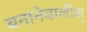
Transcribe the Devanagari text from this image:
बनानेवालीश्